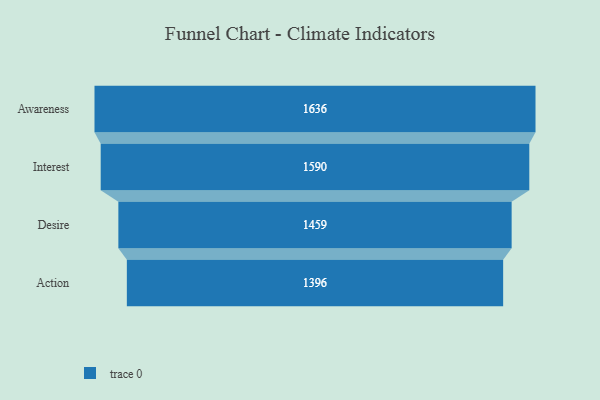
{"axis": {"x": "Stage", "y": "Value"}, "legend": [""], "data": [{"x": "Awareness", "y": 1636.0, "type": ""}, {"x": "Interest", "y": 1590.0, "type": ""}, {"x": "Desire", "y": 1459.0, "type": ""}, {"x": "Action", "y": 1396.0, "type": ""}]}